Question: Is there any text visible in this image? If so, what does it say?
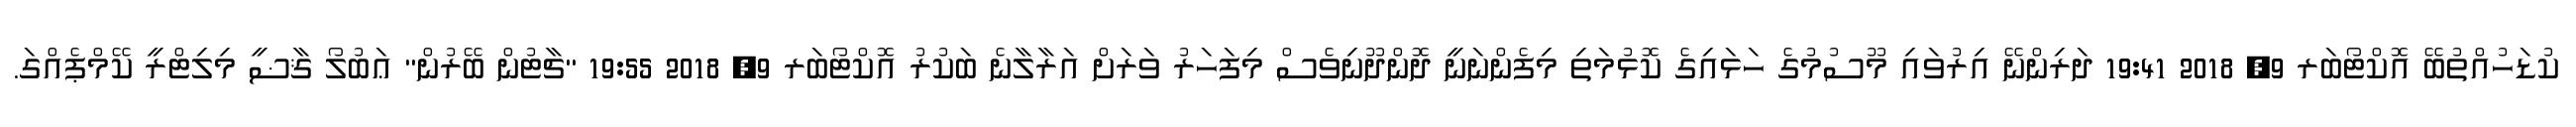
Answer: ކުޑަހުއްތުބޭ އޮކްޓޯބަރ 9, 2018 19:41 ދަރިންނޭ އިރުވައި މޫސުމުގެ ހަޅައިގެ ކޮޅުމަތި މިފެންނަނީ ދޮންދޫނިވެސް މިފަހަރު ވަރަށް އަރާލާނެ ބަކުރު އޮކްޓޯބަރ 9, 2018 19:55 "ޗާޓުން ބޭރުން" ޢަބުލޯ ޤާޟީ މިލިޓްރީ ކޭމްޕެއްގަ.